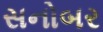
સનોબર